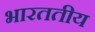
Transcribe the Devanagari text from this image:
भारततीय